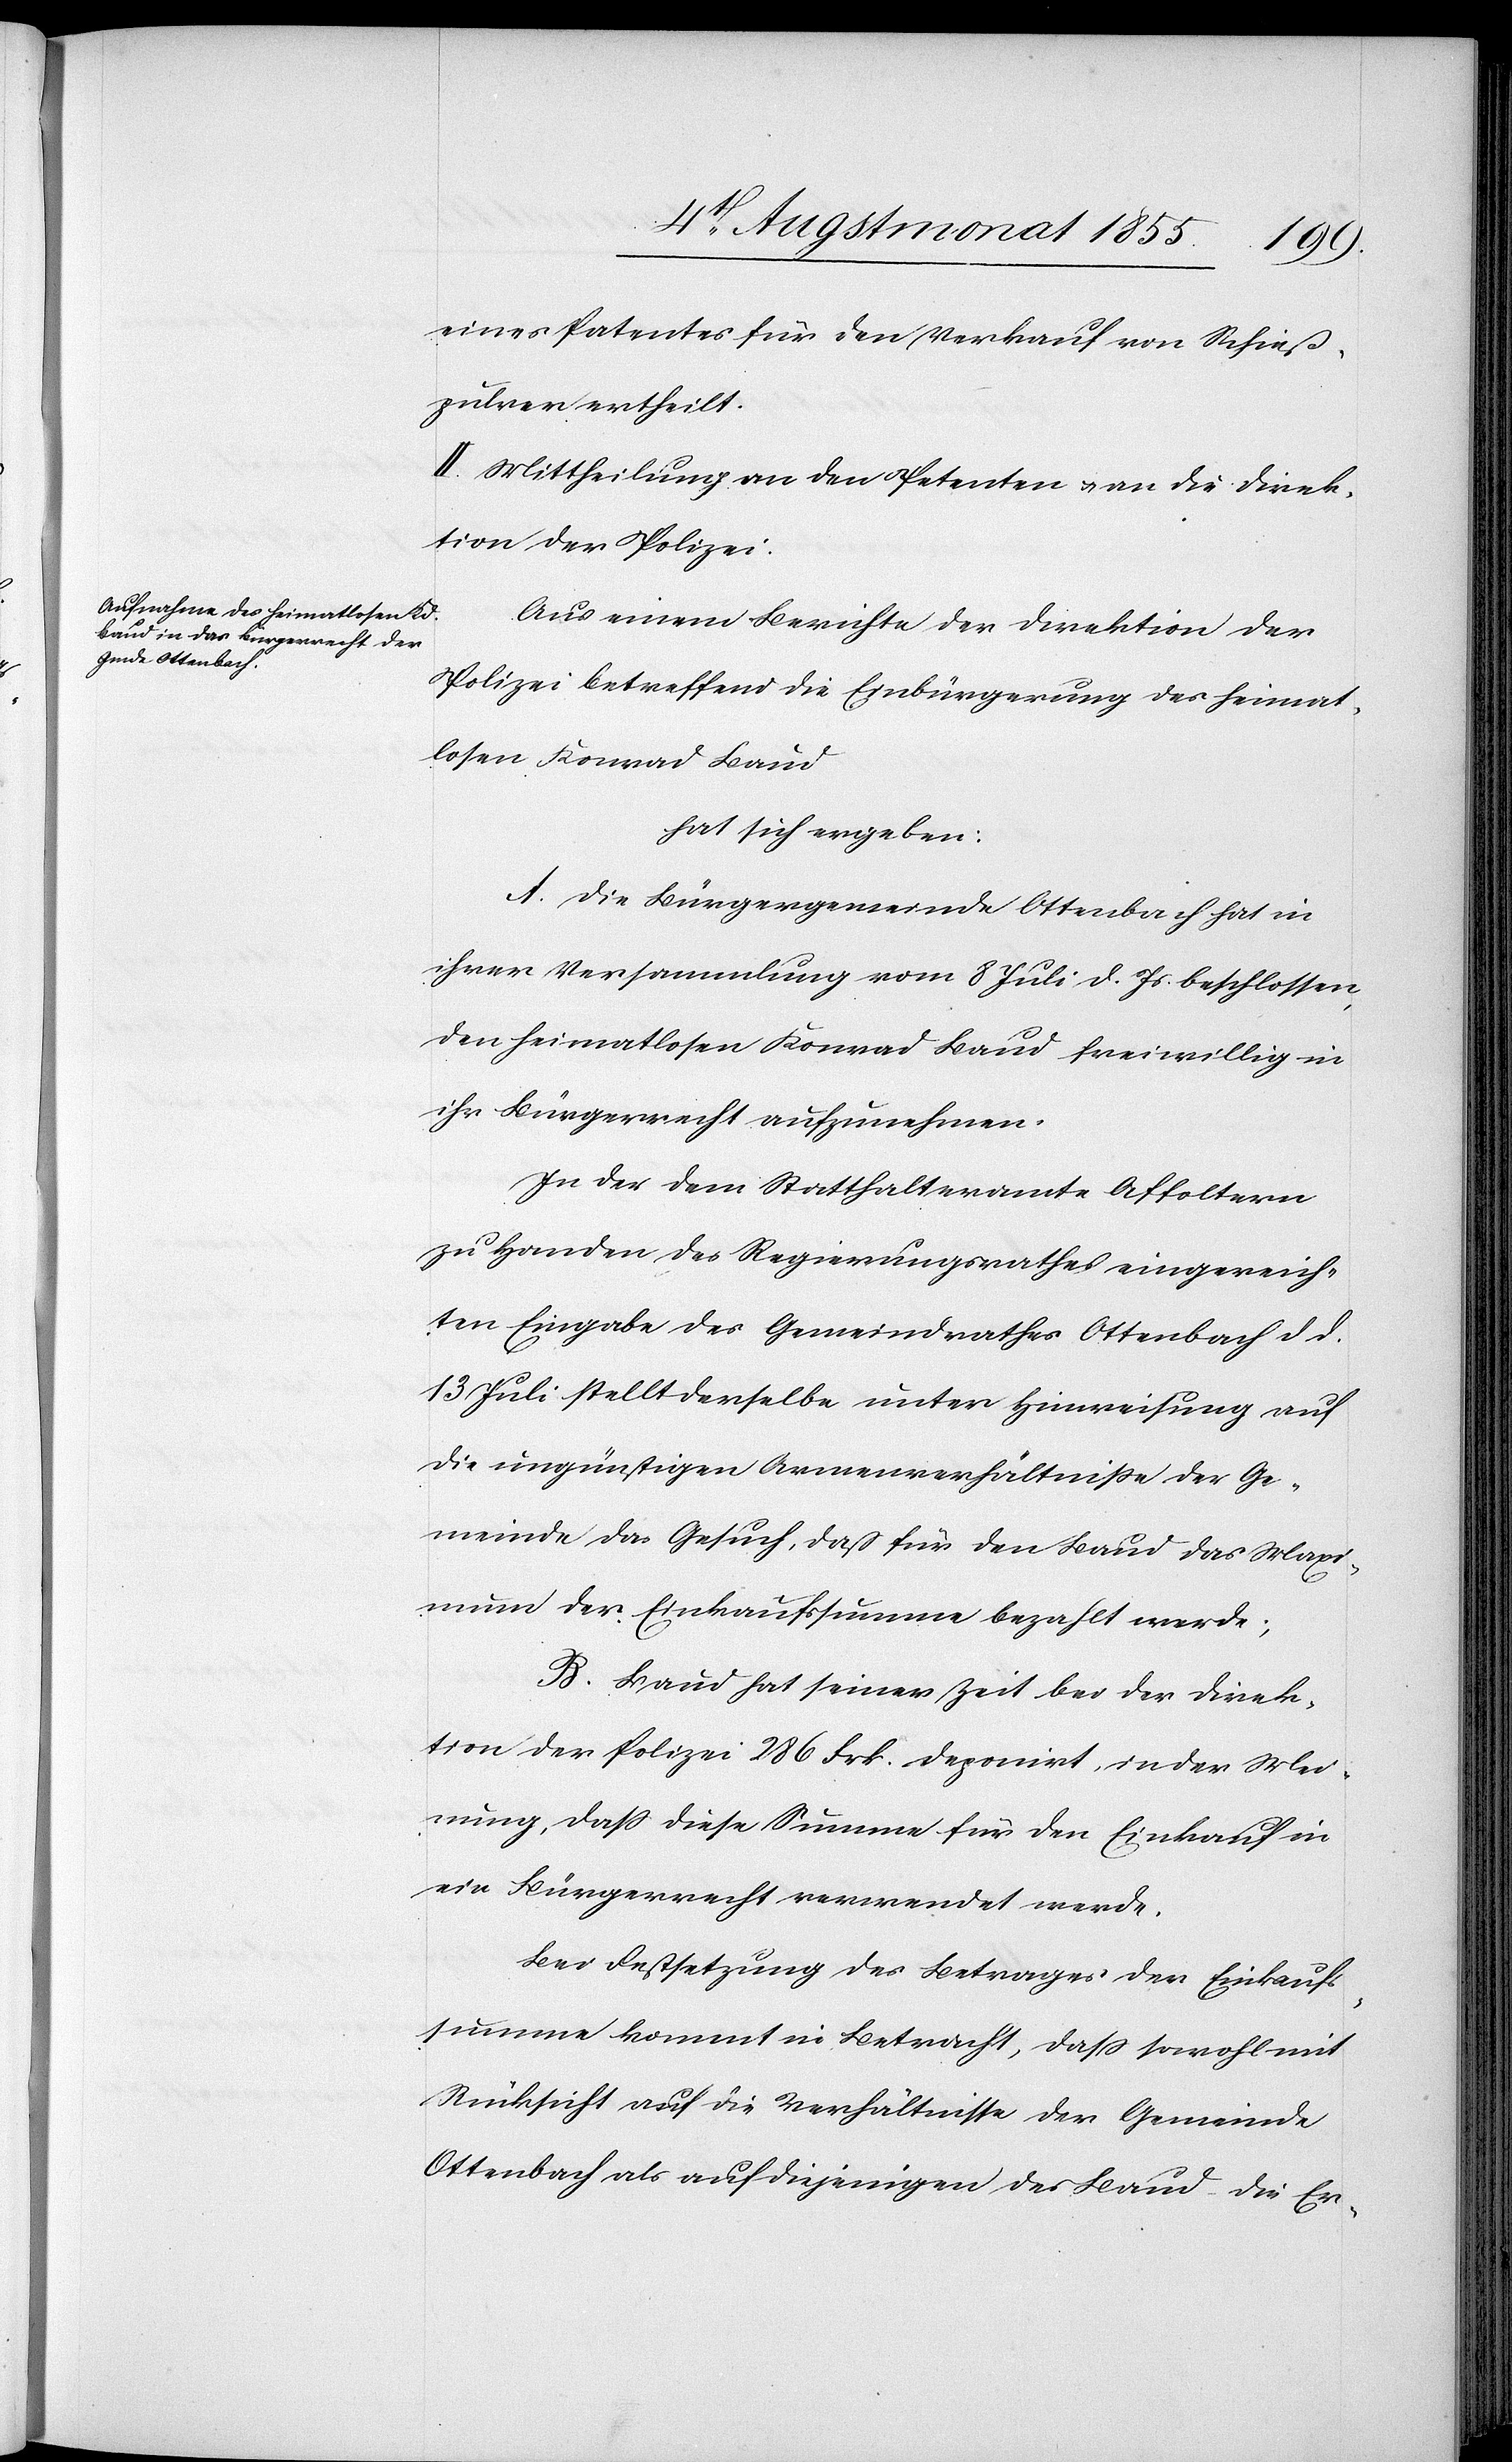
eines Patentes für den Verkauf von Schieß¬
pulver ertheilt.
II. Mittheilung an den Petenten & an die Direk¬
tion der Polizei.
Aus einem Berichte der Direktion der
Polizei betreffend die Einbürgerung des heimat¬
losen Konrad Baud
hat sich ergeben:
A. Die Bürgergemeinde Ottenbach hat in
ihrer Versammlung vom 8 Juli d. Js beschlossen,
den heimatlosen Konrad Baud freiwillig in
ihr Bürgerrecht aufzunehmen.
In der dem Statthalteramte Affoltern
zu Handen des Regierungsrathes eingereich¬
ten Eingabe des Gemeindrathes Ottenbach d. d.
13 Juli stellt derselbe unter Hinweisung auf
die ungünstigen Armenverhältniße der Ge¬
meinde das Gesuch, daß für den Baud das Maxi¬
mum der Einkaufssumme bezahlt werde;
B. Baud hat seiner Zeit bei der Direk¬
tion der Polizei 286 Frk. deponirt, in der Mei¬
nung, dass diese Summe für den Einkauf in
ein Bürgerrecht verwendet werde.
Bei Festsetzung des Betrages der Einkaufs¬
summe kommt in Betracht, dass sowohl mit
Rücksicht auf die Verhältnisse der Gemeinde
Ottenbach als auf diejenigen des Baud die Er-